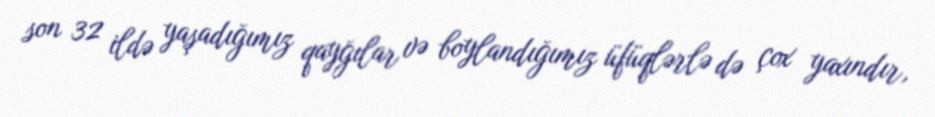
son 32 ildə yaşadığımız qayğılar və boylandığımız üfüqlərlə də çox yaxındır,